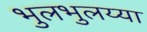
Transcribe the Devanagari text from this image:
भुलभुलय्या